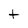
Character: t